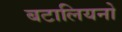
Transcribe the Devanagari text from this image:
बटालियनो